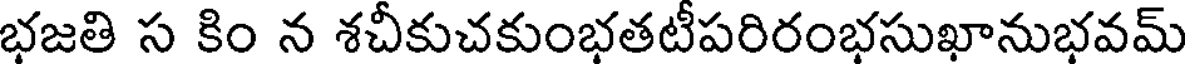
భజతి స కిం న శచీకుచకుంభతటీపరిరంభసుఖానుభవమ్